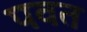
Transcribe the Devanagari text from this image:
पवत